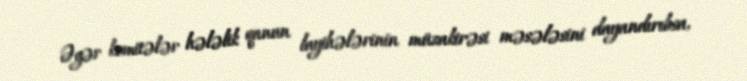
Əgər komitələr hələlik qanun layihələrinin müzakirəsi məsələsini dayandırıbsa,